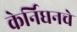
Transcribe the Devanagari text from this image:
केर्निघनचे